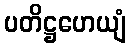
ပတိဋ္ဌဟေယျံ